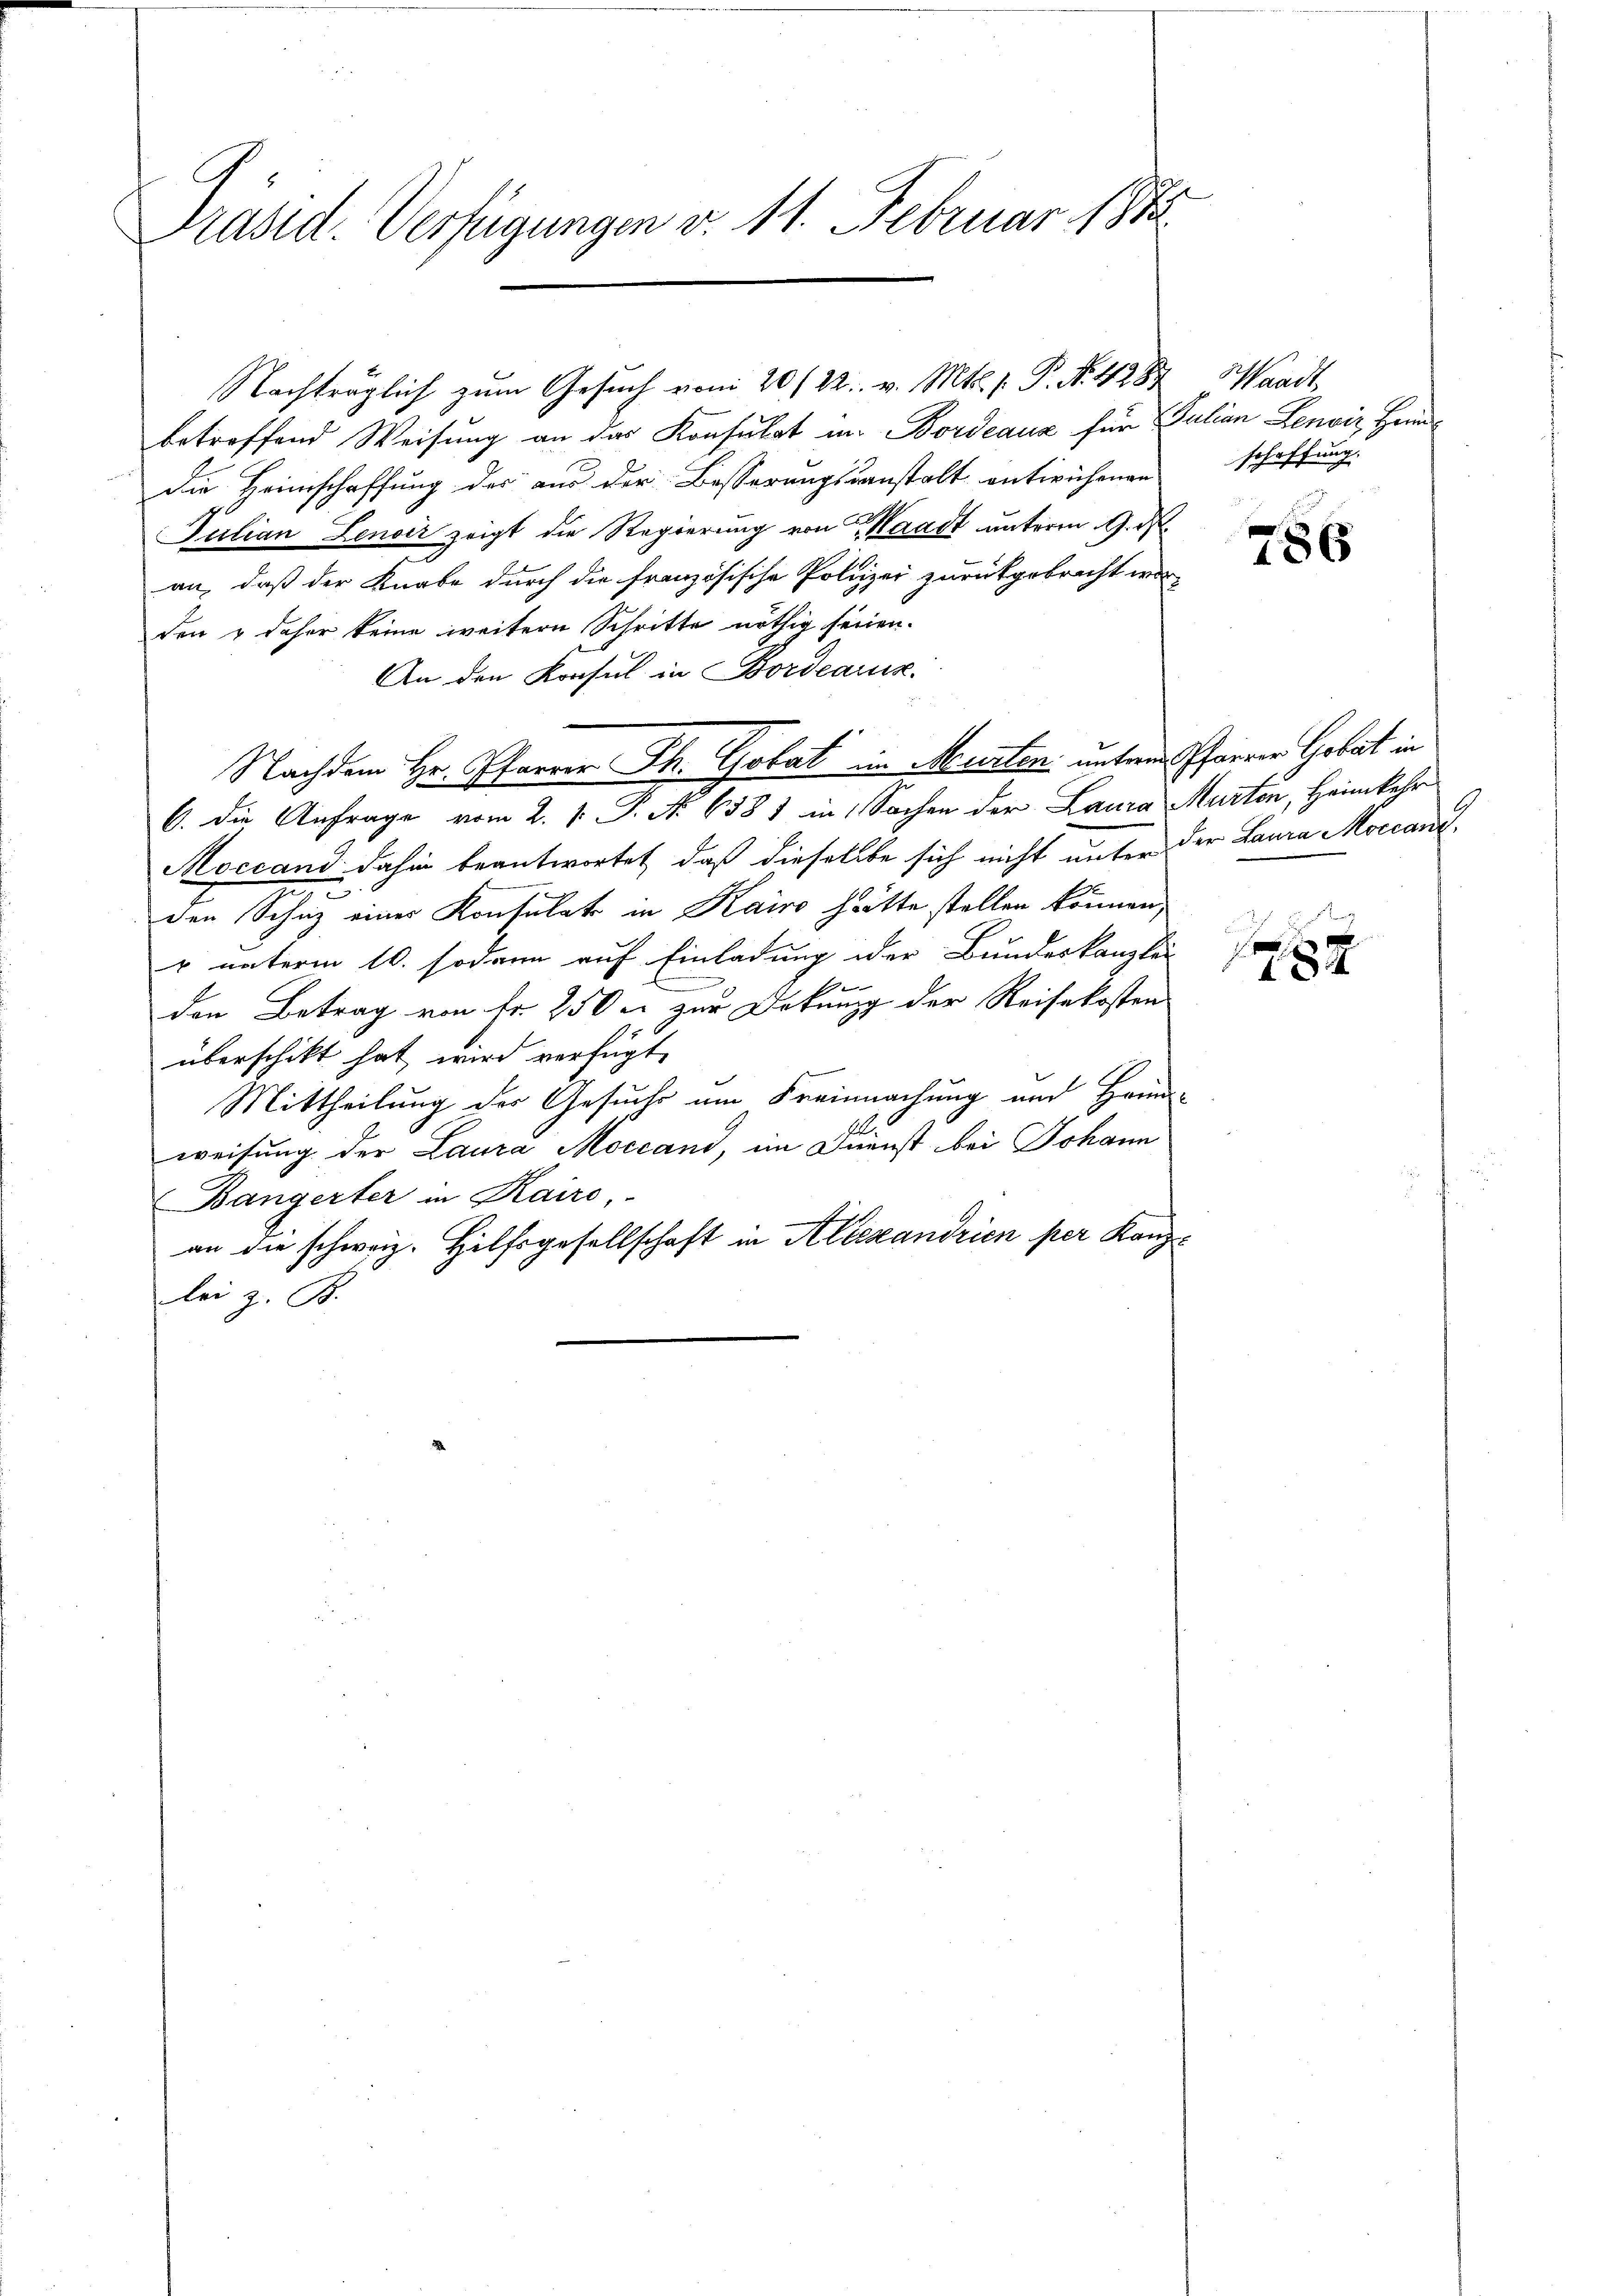
Präsid. Verfügungen v. 11. Februar 18

Nachträglich zum Gesuch von 20/22. v. Mts. f. P. N. 428
betreffend Weisung an das Konsulat im Bordeaux für Julian Lenviz, Heindie Heimschaffung des aus der Besserungsanstalt entwichenen
Julian Lenoir zeigt die Regierung von Waadt unterm 9. ds
an, daß der Knabe durch die französische Polizei zurückgebracht worden & daher keine weitern Schritte nöthig seinen.
An den Konsul in Bordearus.
6. die Anfrage vom 2. V. P. Nr. 658) in Sachen der Laura Marten, Heimkehr
Moccand dahin beantwortet, daß diesellbe sich nicht unter der Laura Moscanzden Schuz einer Konsulat in Kairo hätte stellen können,
r unterm 10. sodann auf Einladung der Bundeskanzlei
den Betrag von fr. 250 u. zur Deckung der Reisekosten
überschikt hat, wird verfügt,
Mittheilung des Gesuche am Freimachung und Heima-
A
weisung der Laura Moccani, im Dienst bei Johann
Bangerter in Kairo,
an die schweiz. Hilfsgesellschaft in Alexandrien per Kanzlei z. B.

Nachdem Hr. Pfarrer Th. Gobat in Murten unterem Pfarrer Gobat in

Waadt,
schaffung.

786

¬
wunde
789